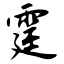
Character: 霆